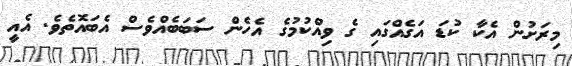
މިރަށުން އެކާ ކުޑަ އަގެއްގައި ގެ ވިއްކުމުގެ އެހެން ސަބަބެއްވެސް އެބައޮތެވެ. އެއީ